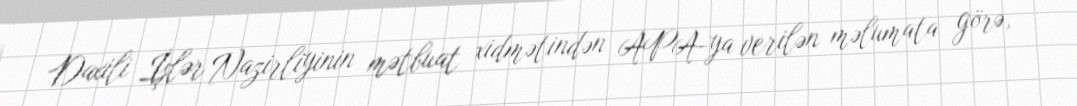
Daxili İşlər Nazirliyinin mətbuat xidmətindən APA-ya verilən məlumata görə,